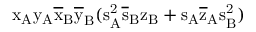
\mathrm { x _ { A } \mathrm { y _ { A } \mathrm { \overline { { x } } _ { B } \mathrm { \overline { { y } } _ { B } ( \mathrm { s _ { A } ^ { 2 } \mathrm { \overline { { s } } _ { B } \mathrm { z _ { B } + \mathrm { s _ { A } \mathrm { \overline { { z } } _ { A } \mathrm { s _ { B } ^ { 2 } ) } } } } } } } } } }